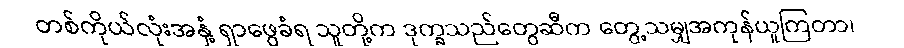
တစ်ကိုယ်လုံးအနှံ့ ရှာဖွေခံရ သူတို့က ဒုက္ခသည်တွေဆီက တွေ့သမျှအကုန်ယူကြတာ၊